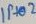
Text: IP+02